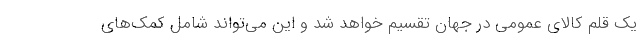
یک قلم کالای عمومی در جهان تقسیم خواهد شد و این می‌تواند شامل کمک‌های